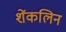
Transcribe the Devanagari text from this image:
शेंकलिन